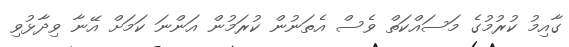
ގާއިމު ކުރުމުގެ މަސައްކަތް ވެސް އެތަނުން ކުރަމުން އަންނަ ކަމަށް އޭނާ ވިދާޅުވި